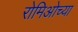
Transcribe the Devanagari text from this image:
रोमिओच्या